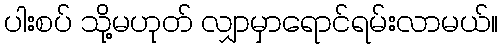
ပါးစပ် သို့မဟုတ် လျှာမှာရောင်ရမ်းလာမယ်။